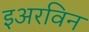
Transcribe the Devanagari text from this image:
इअरविन